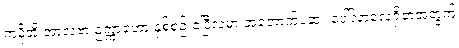
ကမိုအို အာလဗာ ဥက္ကာခဲဟာ နှစ်စဉ် ဧပြီလမှာ အတောက်ပဆုံး ပေါ်လာလေ့ရှိတဲ့အတွက်